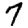
Digit: 7